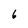
Character: 6